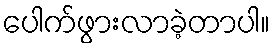
ပေါက်ဖွားလာခဲ့တာပါ။